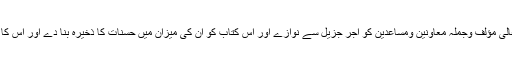
دعا ہے کہ اللہ تعالیٰ مؤلف وجملہ معاونین ومساعدین کو اجر جزیل سے نوازے اور اس کتاب کو ان کی میزان میں حسنات کا ذخیرہ بنا دے اور اس کا نفع عام فرما دے۔